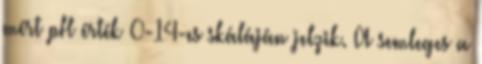
mért pH érték 0-14-es skáláján jelzik. A semleges a